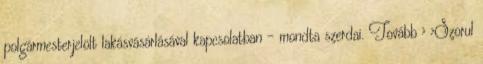
polgármesterjelölt lakásvásárlásával kapcsolatban – mondta szerdai. Tovább › ›Szorul